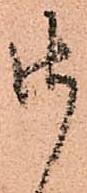
御